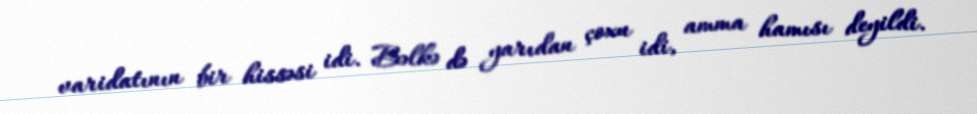
varidatının bir hissəsi idi. Bəlkə də yarıdan çoxu idi, amma hamısı deyildi.